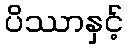
ပိဿာနှင့်